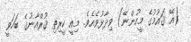
(އޭ ޤައުމުގެ މީހުންނޭ) ވިދާޅުވެއެވެ. މިއީ ކީރިތި ޤުރްއާނުގެ ބަހަވީ